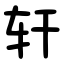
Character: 轩